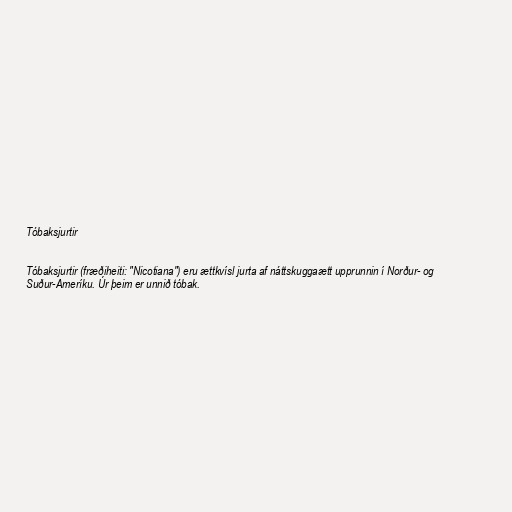
Tóbaksjurtir

Tóbaksjurtir (fræðiheiti: "Nicotiana") eru ættkvísl jurta af náttskuggaætt upprunnin í Norður- og
Suður-Ameríku. Úr þeim er unnið tóbak.